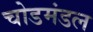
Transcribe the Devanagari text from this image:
चोडमंडल